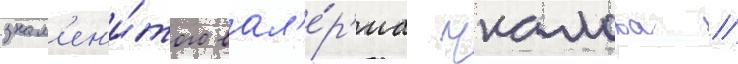
знам'ен'и́того вал'е́р'иа чкалова //